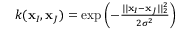
\begin{array} { r } { k ( \mathbf { x } _ { I } , \mathbf { x } _ { J } ) = \exp { \left( - \frac { \vert \vert \mathbf { x } _ { I } - \mathbf { x } _ { J } \vert \vert _ { 2 } ^ { 2 } } { 2 \sigma ^ { 2 } } \right) } } \end{array}